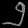
Digit: ၅